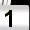
Digit: 1